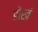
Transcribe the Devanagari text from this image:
डोखं